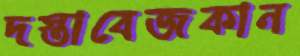
দস্তাবেজকান